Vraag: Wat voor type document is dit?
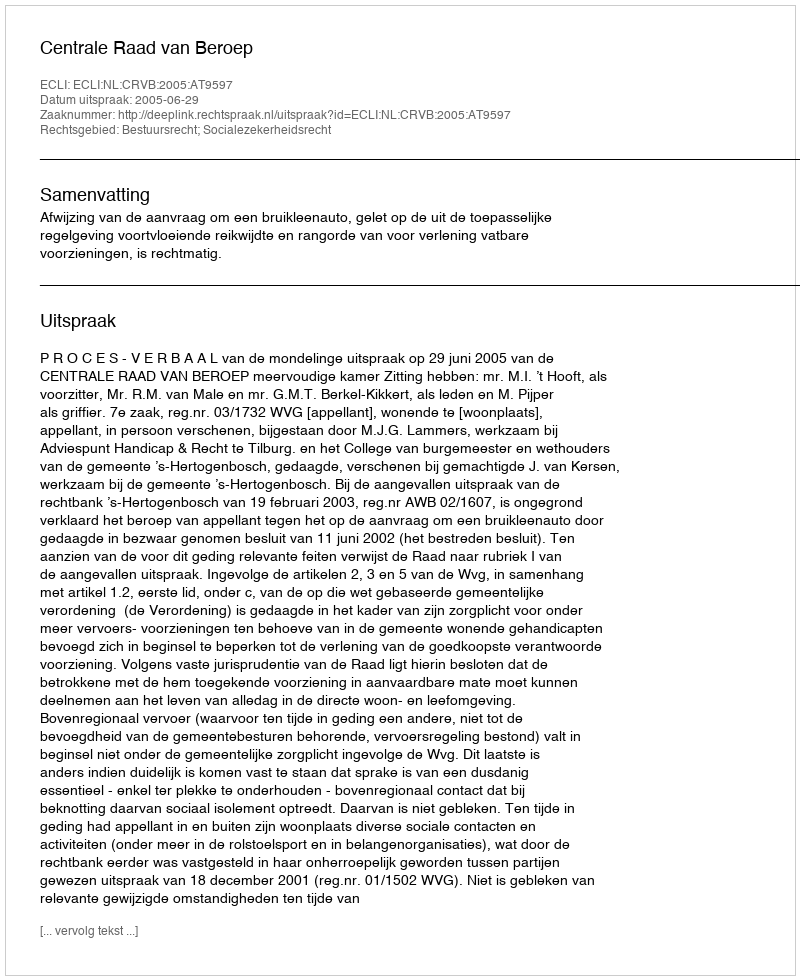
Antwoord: Uitspraak